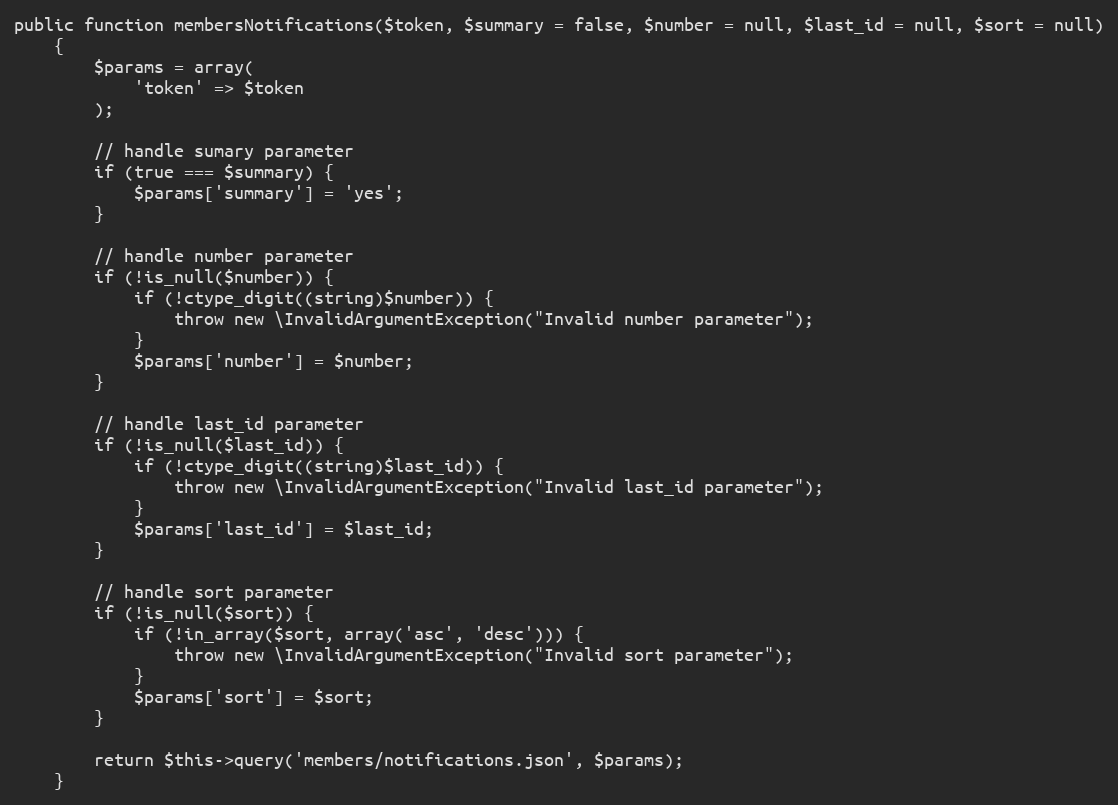
Language: PHP
public function membersNotifications($token, $summary = false, $number = null, $last_id = null, $sort = null)
    {
        $params = array(
            'token' => $token
        );

        // handle sumary parameter
        if (true === $summary) {
            $params['summary'] = 'yes';
        }

        // handle number parameter
        if (!is_null($number)) {
            if (!ctype_digit((string)$number)) {
                throw new \InvalidArgumentException("Invalid number parameter");
            }
            $params['number'] = $number;
        }

        // handle last_id parameter
        if (!is_null($last_id)) {
            if (!ctype_digit((string)$last_id)) {
                throw new \InvalidArgumentException("Invalid last_id parameter");
            }
            $params['last_id'] = $last_id;
        }

        // handle sort parameter
        if (!is_null($sort)) {
            if (!in_array($sort, array('asc', 'desc'))) {
                throw new \InvalidArgumentException("Invalid sort parameter");
            }
            $params['sort'] = $sort;
        }

        return $this->query('members/notifications.json', $params);
    }